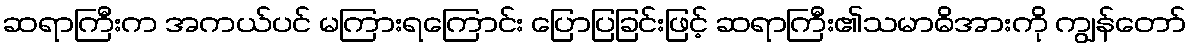
ဆရာကြီးက အကယ်ပင် မကြားရကြောင်း ပြောပြခြင်းဖြင့် ဆရာကြီး၏သမာဓိအားကို ကျွန်တော်